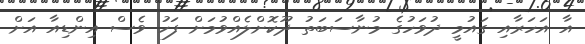
އާ އަހަރާއި ގައުމީ ދުވަހުގެ މުނާސަބަތު ދޫކޮށްލެއްވުމަށް ފަހު ވެސް އިންޑިއާ އަށް